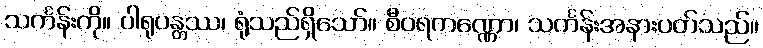
သင်္ကန်းကို။ ပါရုပန္တဿ၊ ရုံသည်ရှိသော်။ စီဝရကဏ္ဏော၊ သင်္ကန်းအနားပတ်သည်။